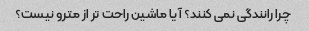
چرا رانندگی نمی کنند؟ آیا ماشین راحت تر از مترو نیست؟